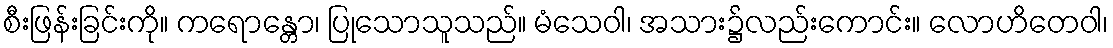
စီးဖြန်းခြင်းကို။ ကရောန္တော၊ ပြုသောသူသည်။ မံသေဝါ၊ အသား၌လည်းကောင်း။ လောဟိတေဝါ၊